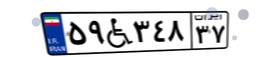
۵۹W۳۴۸۳۷